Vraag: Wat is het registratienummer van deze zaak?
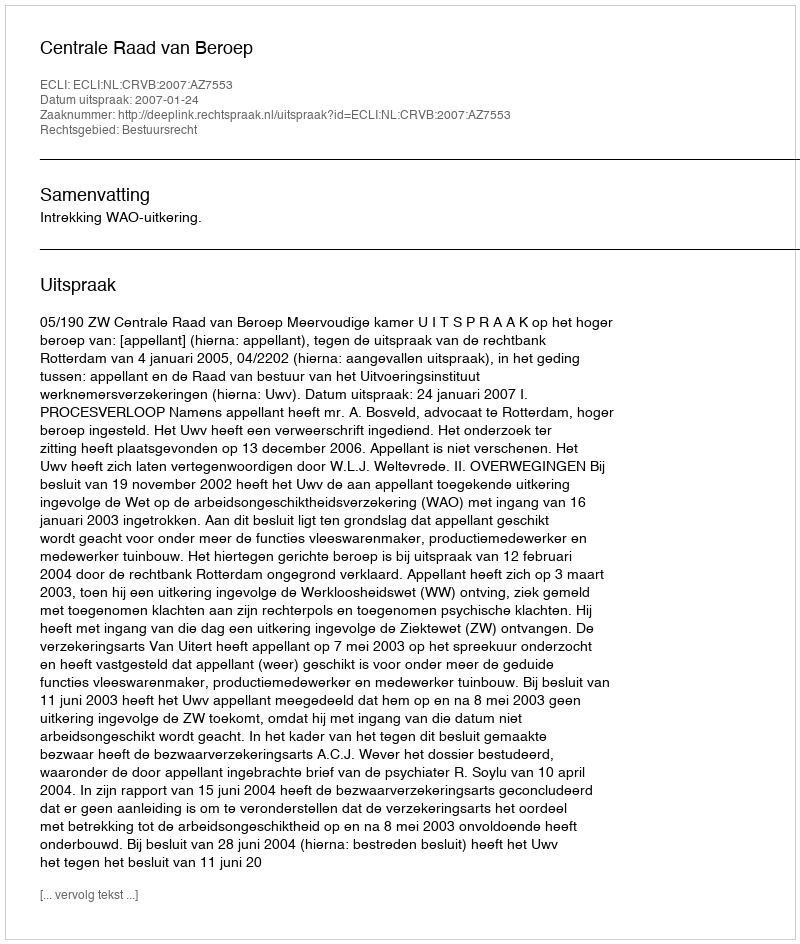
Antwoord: http://deeplink.rechtspraak.nl/uitspraak?id=ECLI:NL:CRVB:2007:AZ7553